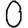
Digit: 0